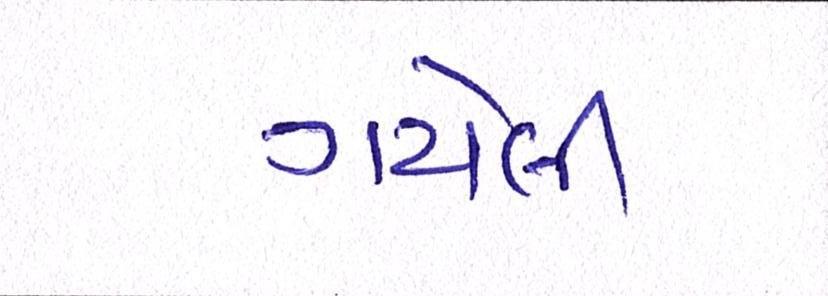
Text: ગયેલી